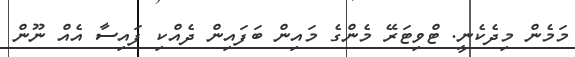
މަމެން މިދެކެނީ. ޓްވިޓަރޭ މެންގެ މައިން ބަފައިން ދެއްކި ފައިސާ އެއް ނޫން